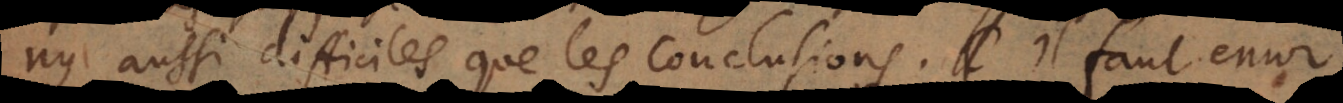
ny aussi difficiles que les conclusions. Il faut encor